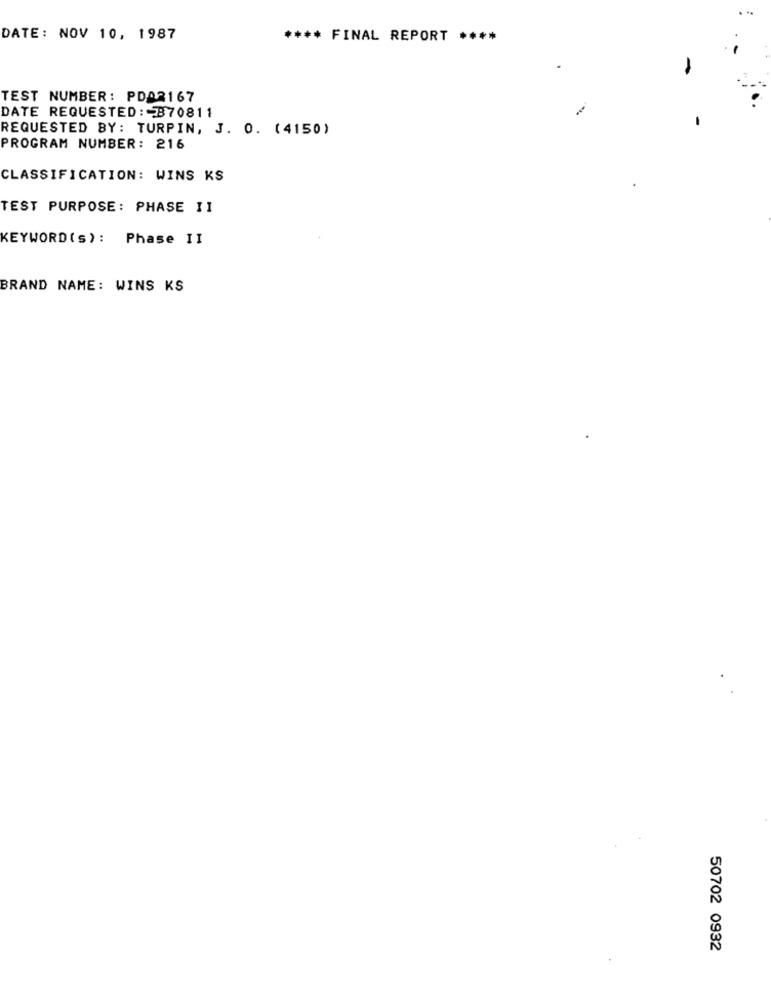
DATE: NOV 10, 1987
**** FINAL REPORT
****
TEST NUMBER: PDA2167
DATE REQUESTED : 370811
REQUESTED BY: TURPIN, J. O. (4150)
PROGRAM NUMBER: 216
CLASSIFICATION: WINS KS
TEST PURPOSE: PHASE II
KEYWORD (s): Phase II
BRAND NAME: WINS KS
50702 0932